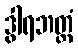
ဒွါရဘတ္တံ